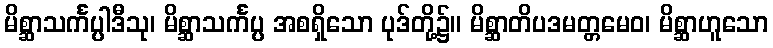
မိစ္ဆာသင်္ကပ္ပါဒီသု၊ မိစ္ဆာသင်္ကပ္ပ အစရှိသော ပုဒ်တို့၌။ မိစ္ဆာတိပဒမတ္တမေဝ၊ မိစ္ဆာဟူသော